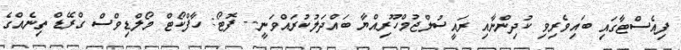
ފިއެސްޓާގައި ބައިވެރިވި ކުދިންނާއި ރައީސުލްޖުމްހޫރިއްޔާ ބައްދަލުކުރައްވަނީ-- ފޮޓޯ: ހާފްކޯޓް މޯލްޑިވްސް ގްރޭޑް ތިނެއްގެ